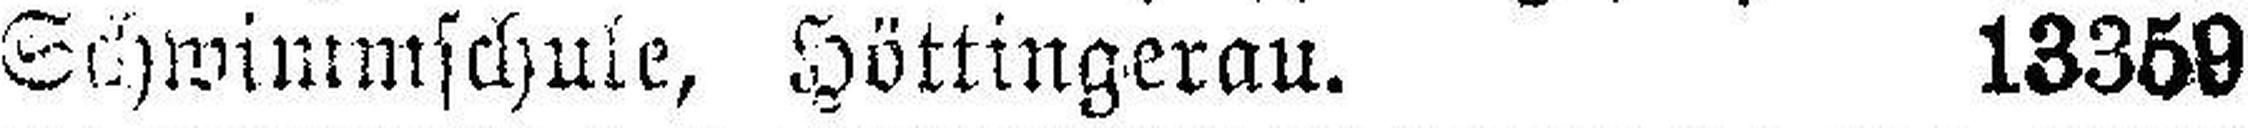
Schwimmschule, Höttingerau. 13359